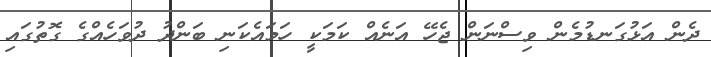
ދެން އަޅުގަނޑުމެން ވިސްނަން ޖެހޭ އަނެއް ކަމަކީ ހަމައެކަނި ބަންދު ދުވަހެއްގެ ގޮތުގައި